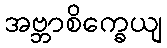
အဗ္ဘာစိက္ခေယျ